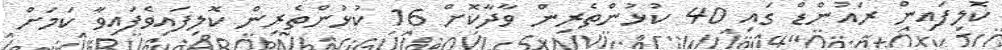
ކޮލިފައިން ރައުންޑް ގައި 40 ކުޅުންތެރިން ވާދާކޮށް 16 ކުޅުންތެރިން ކޮލިފައިވެފައިވާ ކަމަށް